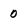
Character: 0